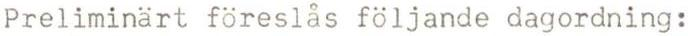
Preliminärt föreslås följande dagordning: